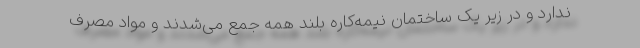
ندارد و در زیر یک ساختمان نیمه‌کاره بلند همه جمع می‌شدند و مواد مصرف